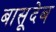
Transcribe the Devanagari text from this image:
बासूदेब